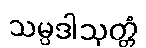
သမ္ပဒါသုတ္တံ